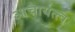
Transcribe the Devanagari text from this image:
आचार्यत्त्व